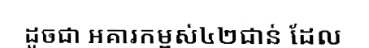
ដូចជា អគារកម្ពស់៤២ជាន់ ដែល